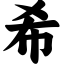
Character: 希